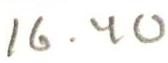
16.40